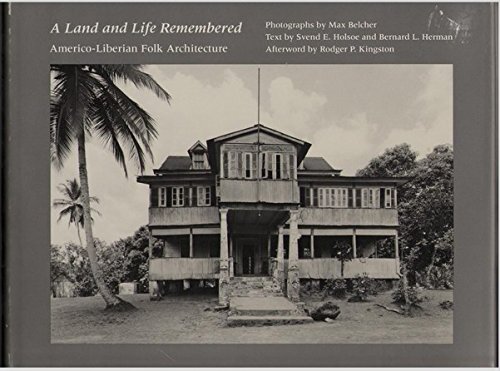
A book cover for A Land and Life Remembered: Americo-Liberian Folk Architecture; Svend E. Holsoe; Travel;